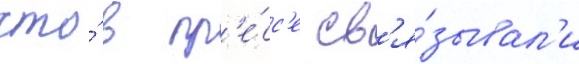
что́ в пр'е́сс'е св'я́зывал'и